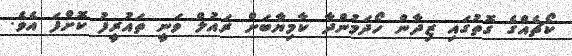
ކޯޗެއްގެ ގޮތުގައި ޒިދާން ހޯދަމުންދާ ކާމިޔާބަށް ރައުލް ވަނީ ތައުރީފު ކޮށްފަ އެވެ.